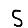
Digit: 5